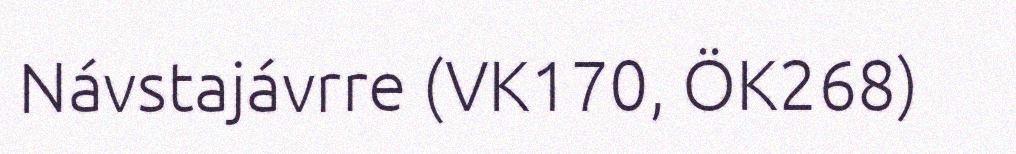
Návstajávrre (VK170, ÖK268)